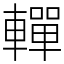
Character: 䡲